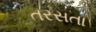
તરસતા